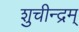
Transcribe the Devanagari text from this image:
शुचीन्द्रम्